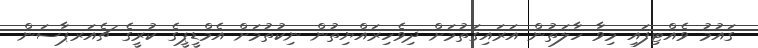
ގައުމު ވެއްޓިފައި މިވާ ހާލަތުން އަރައިގަތުމަށް ދިވެހިރައްޔިތުން ނިކުތުމަށް އެމްޑީޕީގެ ކުރީގެ ޗެއަރޕާސަން